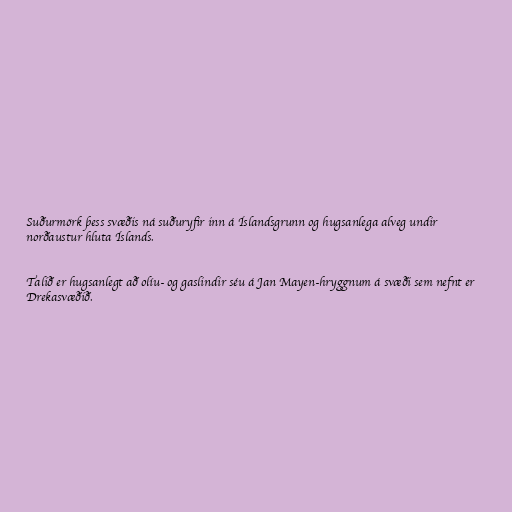
Suðurmörk þess svæðis ná suðuryfir inn á Íslandsgrunn og hugsanlega alveg undir
norðaustur hluta Íslands.

Talið er hugsanlegt að olíu- og gaslindir séu á Jan Mayen-hryggnum á svæði sem nefnt er
Drekasvæðið.